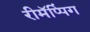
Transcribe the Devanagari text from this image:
रीमॅप्पिंग